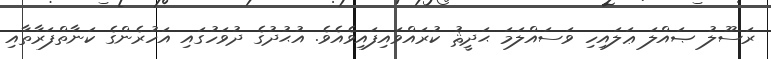
ރަސޫލު ޞައްލަ ޢަލައިހި ވަސައްލަމަ ޙަދީޘު ކުރައްވައިފައިވެއެވެ. އުޙުދުގެ ދުވަހުގައި އަހުރެންގެ ކަނާތްފަރާތާއި